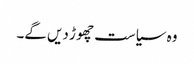
وہ سیاست چھو ڑ دیں گے۔